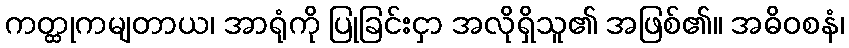
ကတ္ထုကမျတာယ၊ အာရုံကို ပြုခြင်းငှာ အလိုရှိသူ၏ အဖြစ်၏။ အဓိဝစနံ၊